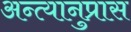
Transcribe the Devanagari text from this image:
अन्त्यानुप्रास